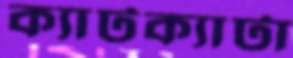
ক্যাটক্যাটা